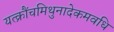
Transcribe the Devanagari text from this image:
यत्क्रौंचमिथुनादेकमवधि